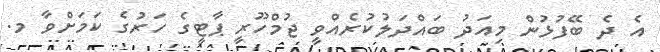
އެ ދެ ބޭފުޅުން މިއަދު ބައްދަލުކުރެއްވީ ޖުމްހޫރީ ޕާޓީގެ ހަރުގެ ކަމަށްވާ މ.